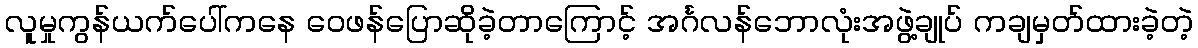
လူမှုကွန်ယက်ပေါ်ကနေ ဝေဖန်ပြောဆိုခဲ့တာကြောင့် အင်္ဂလန်ဘောလုံးအဖွဲ့ချုပ် ကချမှတ်ထားခဲ့တဲ့